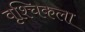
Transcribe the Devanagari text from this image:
वृश्‍चिकला